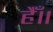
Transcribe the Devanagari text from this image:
हैँ॥